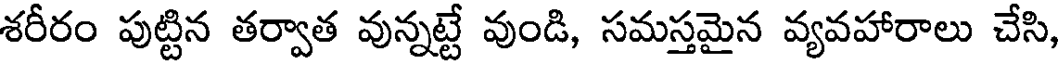
శరీరం పుట్టిన తర్వాత వున్నట్టే వుండి, సమస్తమైన వ్యవహారాలు చేసి,